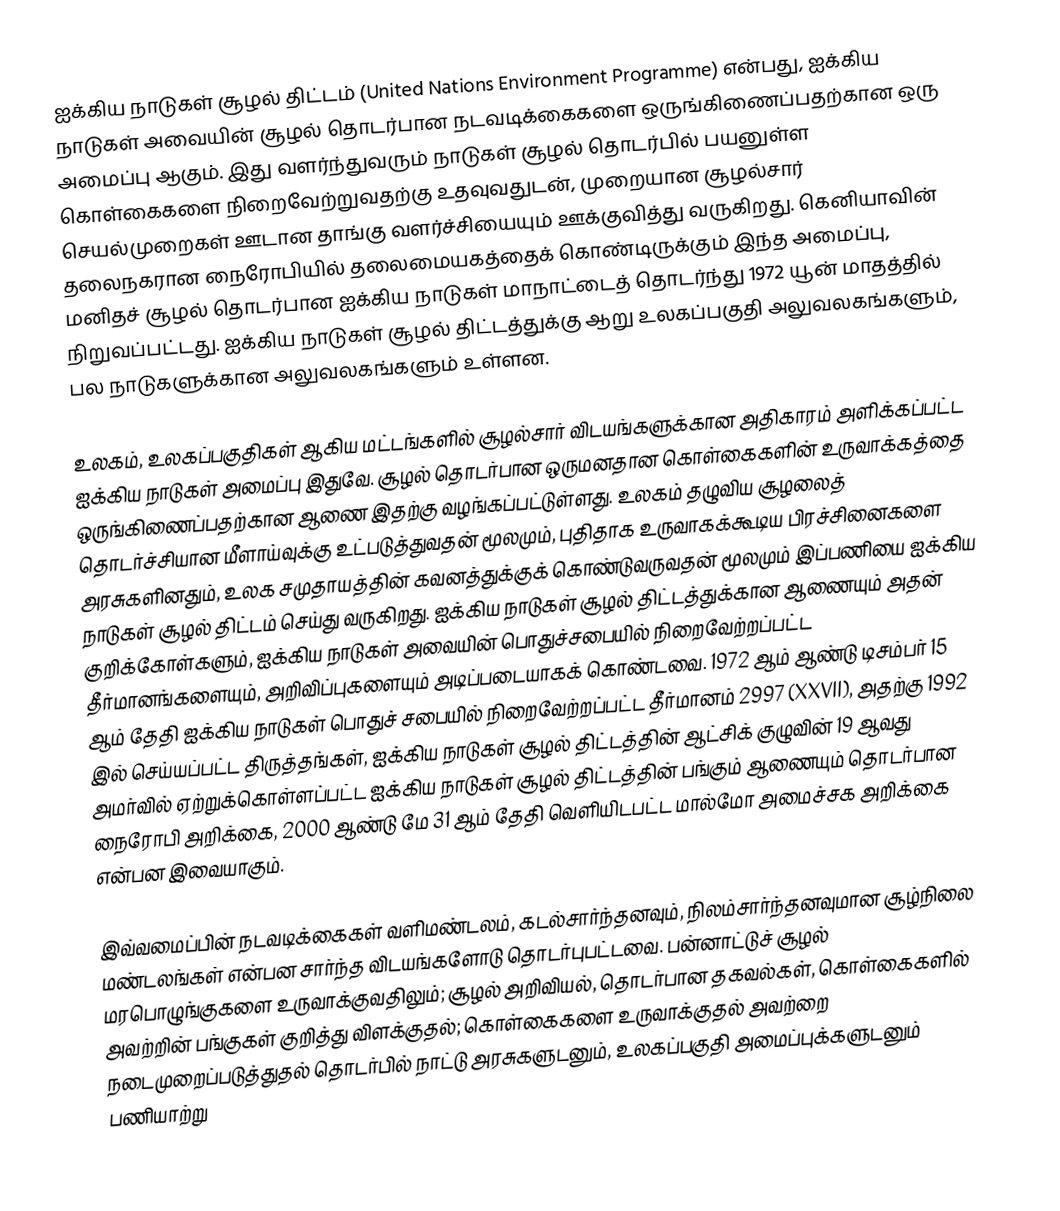
ஐக்கிய நாடுகள் சூழல் திட்டம் (United Nations Environment Programme) என்பது, ஐக்கிய நாடுகள் அவையின் சூழல் தொடர்பான நடவடிக்கைகளை ஒருங்கிணைப்பதற்கான ஒரு அமைப்பு ஆகும். இது வளர்ந்துவரும் நாடுகள் சூழல் தொடர்பில் பயனுள்ள கொள்கைகளை நிறைவேற்றுவதற்கு உதவுவதுடன், முறையான சூழல்சார் செயல்முறைகள் ஊடான தாங்கு வளர்ச்சியையும் ஊக்குவித்து வருகிறது. கெனியாவின் தலைநகரான நைரோபியில் தலைமையகத்தைக் கொண்டிருக்கும் இந்த அமைப்பு, மனிதச் சூழல் தொடர்பான ஐக்கிய நாடுகள் மாநாட்டைத் தொடர்ந்து 1972 யூன் மாதத்தில் நிறுவப்பட்டது. ஐக்கிய நாடுகள் சூழல் திட்டத்துக்கு ஆறு உலகப்பகுதி அலுவலகங்களும், பல நாடுகளுக்கான அலுவலகங்களும் உள்ளன.

உலகம், உலகப்பகுதிகள் ஆகிய மட்டங்களில் சூழல்சார் விடயங்களுக்கான அதிகாரம் அளிக்கப்பட்ட ஐக்கிய நாடுகள் அமைப்பு இதுவே. சூழல் தொடர்பான ஒருமனதான கொள்கைகளின் உருவாக்கத்தை ஒருங்கிணைப்பதற்கான ஆணை இதற்கு வழங்கப்பட்டுள்ளது. உலகம் தழுவிய சூழலைத் தொடர்ச்சியான மீளாய்வுக்கு உட்படுத்துவதன் மூலமும், புதிதாக உருவாகக்கூடிய பிரச்சினைகளை அரசுகளினதும், உலக சமுதாயத்தின் கவனத்துக்குக் கொண்டுவருவதன் மூலமும் இப்பணியை ஐக்கிய நாடுகள் சூழல் திட்டம் செய்து வருகிறது. ஐக்கிய நாடுகள் சூழல் திட்டத்துக்கான ஆணையும் அதன் குறிக்கோள்களும், ஐக்கிய நாடுகள் அவையின் பொதுச்சபையில் நிறைவேற்றப்பட்ட தீர்மானங்களையும், அறிவிப்புகளையும் அடிப்படையாகக் கொண்டவை. 1972 ஆம் ஆண்டு டிசம்பர் 15 ஆம் தேதி ஐக்கிய நாடுகள் பொதுச் சபையில் நிறைவேற்றப்பட்ட தீர்மானம் 2997 (XXVII), அதற்கு 1992 இல் செய்யப்பட்ட திருத்தங்கள், ஐக்கிய நாடுகள் சூழல் திட்டத்தின் ஆட்சிக் குழுவின் 19 ஆவது அமர்வில் ஏற்றுக்கொள்ளப்பட்ட ஐக்கிய நாடுகள் சூழல் திட்டத்தின் பங்கும் ஆணையும் தொடர்பான நைரோபி அறிக்கை, 2000 ஆண்டு மே 31 ஆம் தேதி வெளியிடபட்ட மால்மோ அமைச்சக அறிக்கை என்பன இவையாகும்.

இவ்வமைப்பின் நடவடிக்கைகள் வளிமண்டலம், கடல்சார்ந்தனவும், நிலம்சார்ந்தனவுமான சூழ்நிலை மண்டலங்கள் என்பன சார்ந்த விடயங்களோடு தொடர்புபட்டவை. பன்னாட்டுச் சூழல் மரபொழுங்குகளை உருவாக்குவதிலும்; சூழல் அறிவியல், தொடர்பான தகவல்கள், கொள்கைகளில் அவற்றின் பங்குகள் குறித்து விளக்குதல்; கொள்கைகளை உருவாக்குதல் அவற்றை நடைமுறைப்படுத்துதல் தொடர்பில் நாட்டு அரசுகளுடனும், உலகப்பகுதி அமைப்புக்களுடனும் பணியாற்று